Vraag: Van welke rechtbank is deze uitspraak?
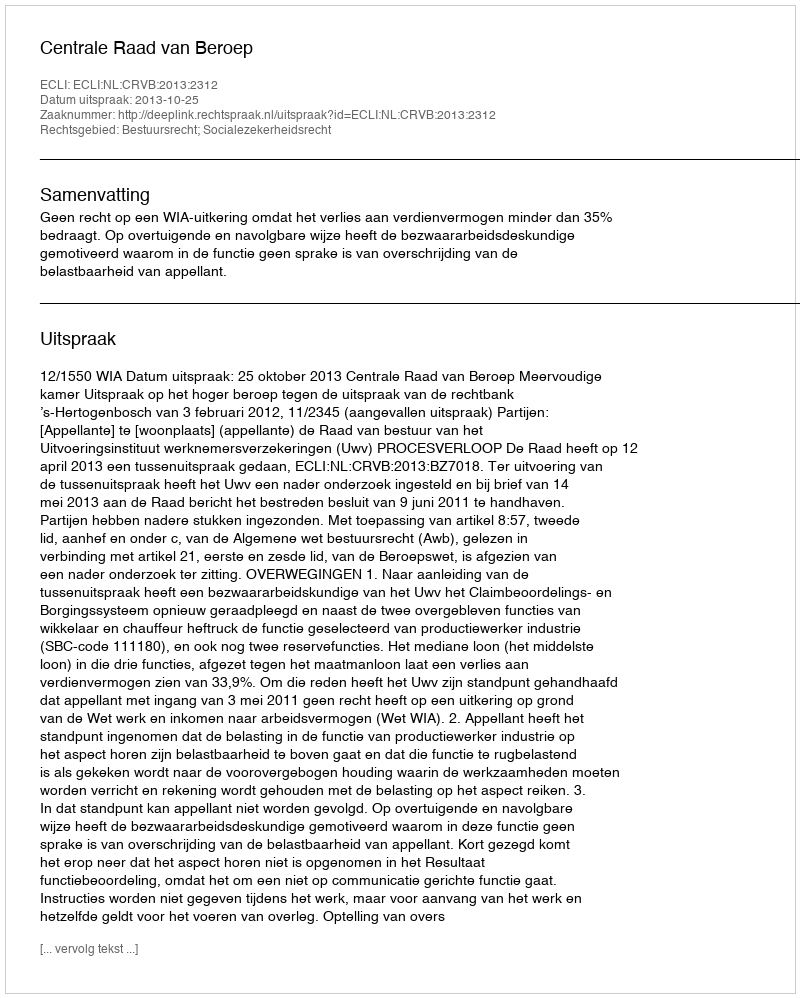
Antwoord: Centrale Raad van Beroep